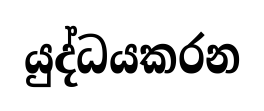
යුද්ධයකරන